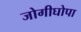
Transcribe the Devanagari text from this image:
जोगीघोपा